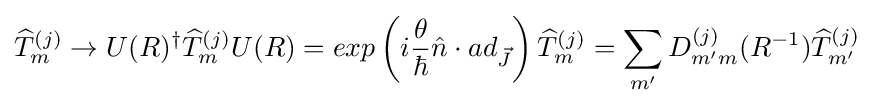
{\widehat {T}}_{m}^{(j)}\rightarrow U(R)^{\dagger }{\widehat {T}}_{m}^{(j)}U(R)=exp\left({i{\frac {\theta }{\hbar }}{\hat {n}}\cdot ad_{\vec {J}}}\right){\widehat {T}}_{m}^{(j)}=\sum _{m'}D_{m'm}^{(j)}(R^{-1}){\widehat {T}}_{m'}^{(j)}